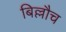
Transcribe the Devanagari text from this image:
बिल्लौच